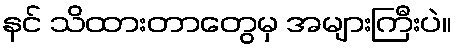
နင် သိထားတာတွေမှ အများကြီးပဲ။